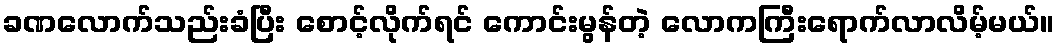
ခဏလောက်သည်းခံပြီး စောင့်လိုက်ရင် ကောင်းမွန်တဲ့ လောကကြီးရောက်လာလိမ့်မယ်။